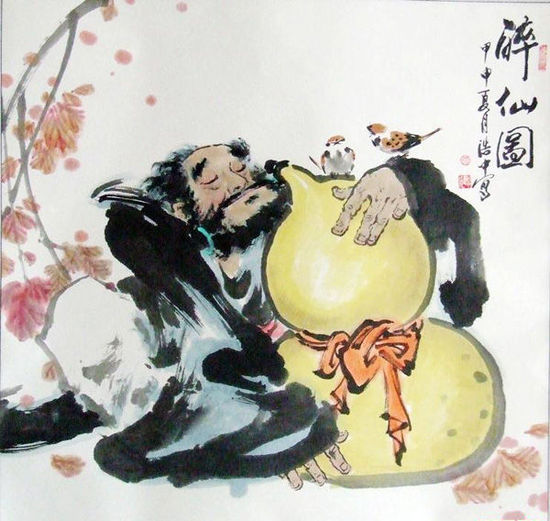
酒伴来相命，开尊共解酲。